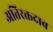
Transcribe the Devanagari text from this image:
अतिरक्तदाब